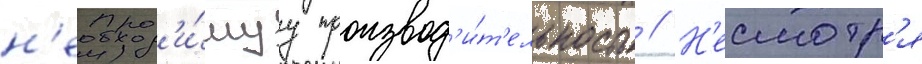
н'еобход'и́муу производ'и́т'ельность // Н'есмотр'я